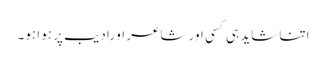
اتنا شاید ہی کسی اور شاعر او رادیب پر ہوا ہو۔